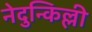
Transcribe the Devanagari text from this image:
नेदुन्किल्ली